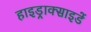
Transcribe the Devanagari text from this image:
हाइड्राक्साइडें